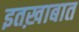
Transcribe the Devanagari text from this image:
इतख़ाबात